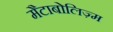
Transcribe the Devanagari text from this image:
मैटाबोलिज़्म